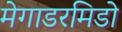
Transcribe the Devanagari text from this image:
मेगाडरमिडो